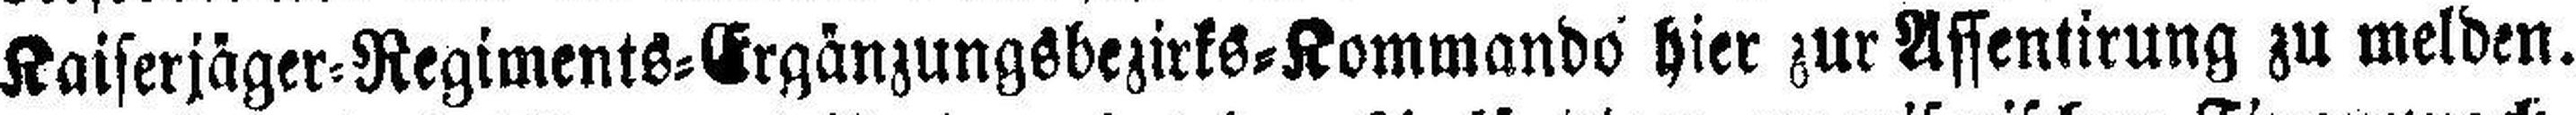
Kaiserjäger=Regiments=Ergänzungsbezirks=Kommando hier zur Affentirung zu melden.